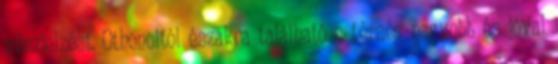
vészjelzést. Othonoitól északra található a térség nagyobb és jóval